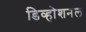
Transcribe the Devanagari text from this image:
डिव्होशनल